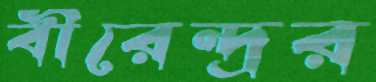
বীরেন্দ্রর